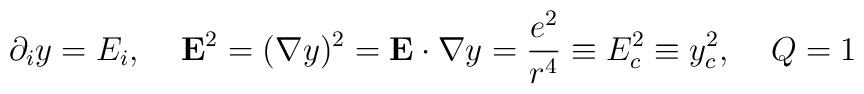
\partial_iy=E_i,\;\;\;\; {\bf E}^2=({\bf \nabla}y)^2={\bf E}\cdot{\bf \nabla}y=\frac{e^2}{r^4}\equiv E^2_c\equiv y_c^2,\;\;\;\; Q=1